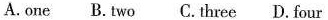
A.one B.Two C.Three D. Four